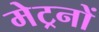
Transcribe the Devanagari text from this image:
मेट्रनों